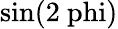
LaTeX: \mathrm{{sin}(2\ phi)}